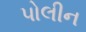
પોલીન